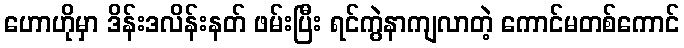
ဟောဟိုမှာ ဒိန်းဒလိန်းနတ် ဖမ်းပြီး ရင်ကွဲနာကျလာတဲ့ ကောင်မတစ်ကောင်